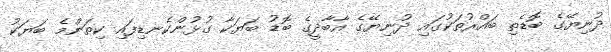
ދުނިޔޭގެ ބޮޑެތި ބައްރުތަކުގައި ދުނިޔޭގެ އާބާދީގެ ބޮޑު ބަޔަކާ ގުޅުންކެނޑިފައި ކިތަންމެ ބަޔަކު